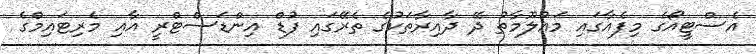
އެސްޓީއޯގެ މިފެއާގައި މައުލޫމާތު ދޭ ދާއިރާތަކުގެ ތެރޭގައި ފުޑް އިންޑަސްޓްރީ އާއި މެރިޓައިމްގެ